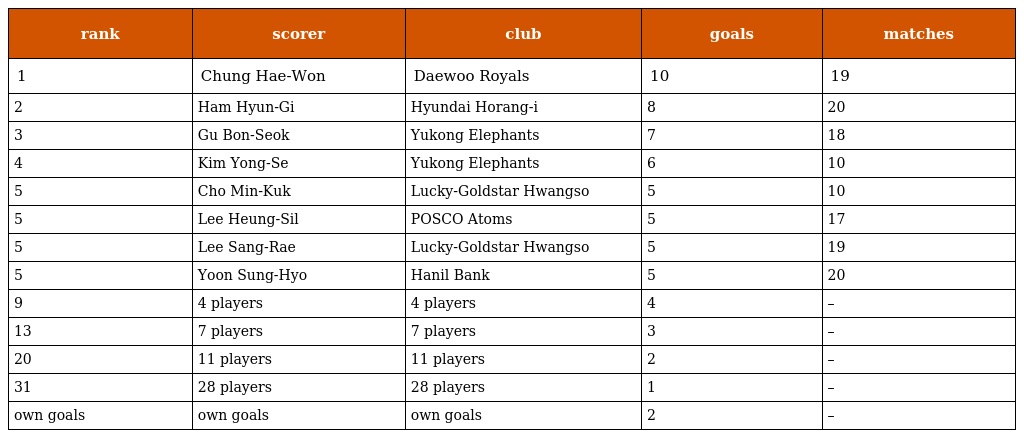
| rank | scorer | club | goals | matches |
 | --- | --- | --- | --- | --- |
 | 1 | Chung Hae-Won | Daewoo Royals | 10 | 19 |
 | 2 | Ham Hyun-Gi | Hyundai Horang-i | 8 | 20 |
 | 3 | Gu Bon-Seok | Yukong Elephants | 7 | 18 |
 | 4 | Kim Yong-Se | Yukong Elephants | 6 | 10 |
 | 5 | Cho Min-Kuk | Lucky-Goldstar Hwangso | 5 | 10 |
 | 5 | Lee Heung-Sil | POSCO Atoms | 5 | 17 |
 | 5 | Lee Sang-Rae | Lucky-Goldstar Hwangso | 5 | 19 |
 | 5 | Yoon Sung-Hyo | Hanil Bank | 5 | 20 |
 | 9 | 4 players | 4 players | 4 | – |
 | 13 | 7 players | 7 players | 3 | – |
 | 20 | 11 players | 11 players | 2 | – |
 | 31 | 28 players | 28 players | 1 | – |
 | own goals | own goals | own goals | 2 | – |